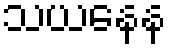
သယနေန